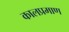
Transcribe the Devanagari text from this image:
कालप्रमाण